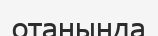
отанында